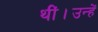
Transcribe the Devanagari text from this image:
थीं।उन्हें